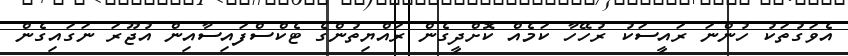
އެވަގުތަކު ހުންނަ ރައީސަކު ރުހޭހާ ކަމެއް ކޮށްދީގެން ރައްޔިތުންގެ ޓެކްސްފައިސާއިން އުޖޫރަ ނަގައިގެން